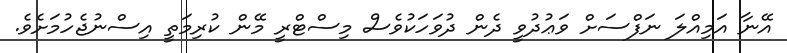
އޭނާ އަމިއްލަ ނަފްސަށް ވަޢުދުވީ ދެން ދުވަހަކުވެސް މިސްޓްރީ މޭން ކުރިމަތީ އިސްނުޖެހުމަށެވެ.